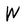
Character: W